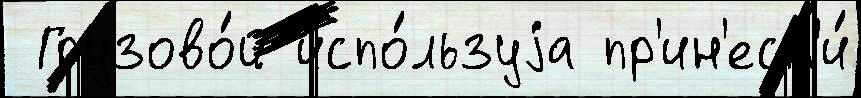
 Грузово́й испо́льзуjа пр'ин'ест'и́